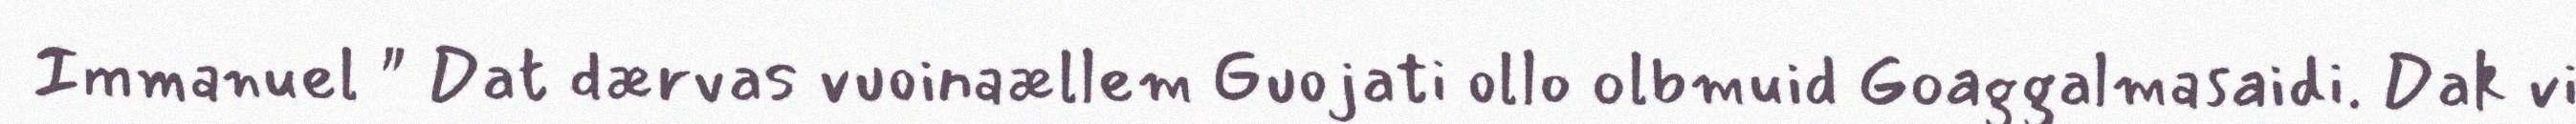
Immanuel " Dat dærvas vuoinaællem Guojati ollo olbmuid Goaggalmasaidi. Dak vi